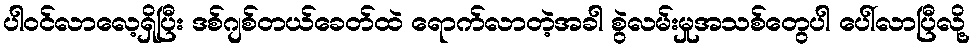
ပါဝင်လာလေ့ရှိပြီး ဒစ်ဂျစ်တယ်ခေတ်ထဲ ရောက်လာတဲ့အခါ စွဲလမ်းမှုအသစ်တွေပါ ပေါ်လာပြီလို့